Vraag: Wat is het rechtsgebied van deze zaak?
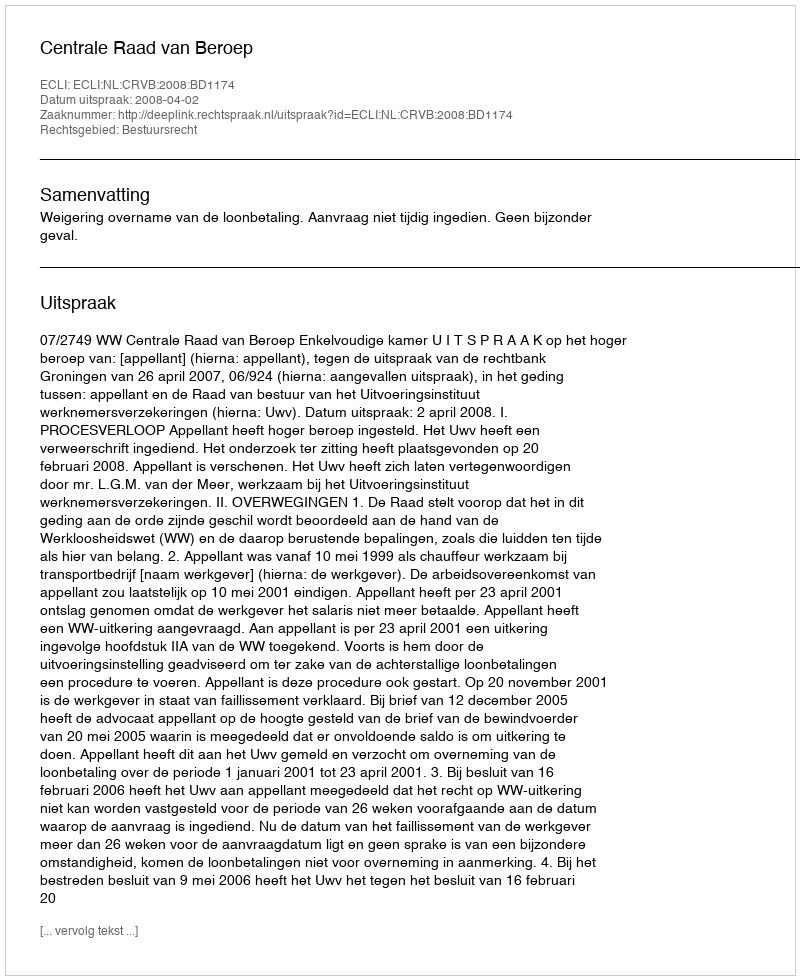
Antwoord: Bestuursrecht